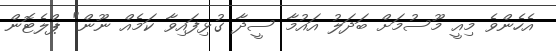
އެހެންވެ މިއީ މޫސުމަށް ބަދަލު އައުމާ ސީދާ ގުޅިފައިވާ ކަމެއް ނޫން" ޕްލެޓޮން